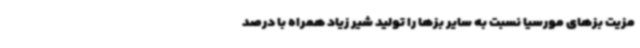
مزیت بزهای مورسیا نسبت به سایر بزها را تولید شیر زیاد همراه با درصد